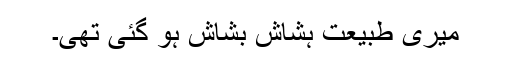
میری طبیعت ہشاش بشاش ہو گئی تھی۔